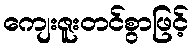
ကျေးဇူးတင်စွာဖြင့်